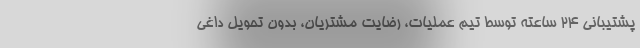
پشتیبانی ۲۴ ساعته توسط تیم عملیات، رضایت مشتریان، بدون تحویل داغی